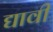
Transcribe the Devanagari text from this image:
द्यावीं